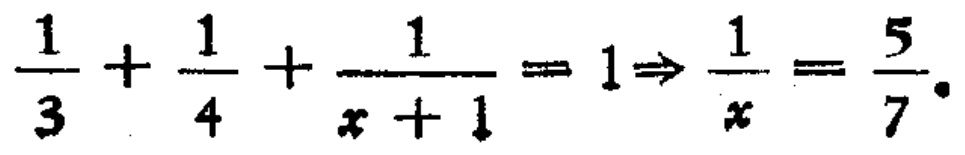
$\frac{1}{3}+\frac{1}{4}+\frac{1}{x + 1}=1\Rightarrow\frac{1}{x}=\frac{5}{7}.$